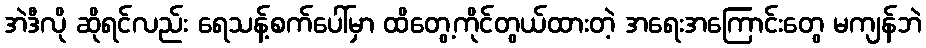
အဲဒီလို ဆိုရင်လည်း ရေသန့်စက်ပေါ်မှာ ထိတွေ့ကိုင်တွယ်ထားတဲ့ အရေးအကြောင်းတွေ မကျန်ဘဲ